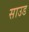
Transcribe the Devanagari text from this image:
साउड